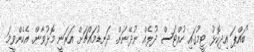
"ބައްޕަ އިދިކޮޅު ޓީމުގައި ހުއްޓަސް ދުލެއް ނުދޭނަން. ދަނޑުމައްޗަށް އަރަނީ މޮޅުވާން. އެހެންވީމަ